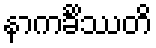
နာကင်္ခိဿတိ